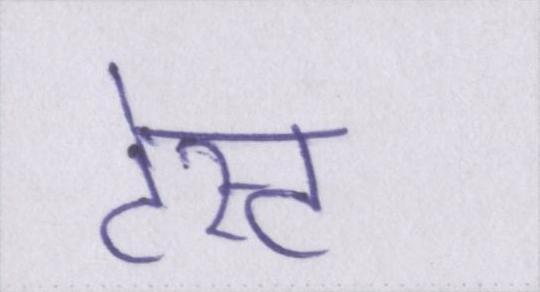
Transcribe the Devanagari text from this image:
टेस्ट